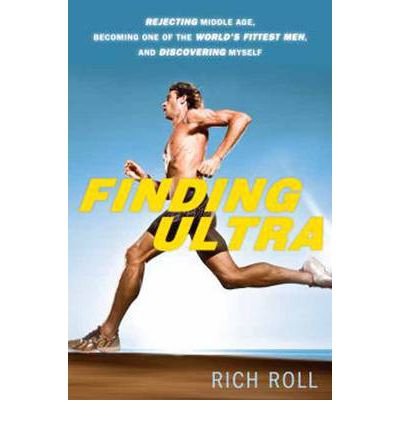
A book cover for Finding Ultra: Rejecting Middle Age, Becoming One of the World's Fittest Men, and Discovering Myself (Crown Books) (Hardback) - Common; By (author) Richard Roll; Sports & Outdoors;